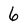
Character: 6